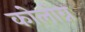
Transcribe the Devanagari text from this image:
कोलोग्न